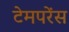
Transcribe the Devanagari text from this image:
टेमपरेंस